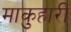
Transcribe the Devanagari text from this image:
माकुहारी